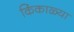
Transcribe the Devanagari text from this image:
किंकाळ्या